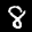
Label: 8